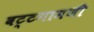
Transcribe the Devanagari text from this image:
बट्टगामणी